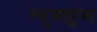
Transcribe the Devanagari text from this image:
न्यूजग्रुप्स